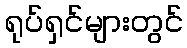
ရုပ်ရှင်များတွင်